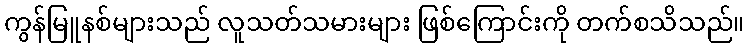
ကွန်မြူနစ်များသည် လူသတ်သမားများ ဖြစ်ကြောင်းကို တက်စသိသည်။